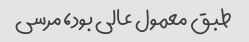
طبق معمول عالی بود، مرسی